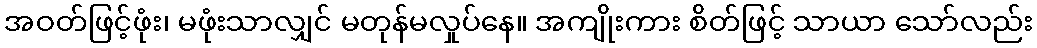
အဝတ်ဖြင့်ဖုံး၊ မဖုံးသာလျှင် မတုန်မလှုပ်နေ။ အကျိုးကား စိတ်ဖြင့် သာယာ သော်လည်း